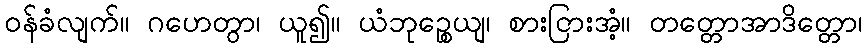
ဝန်ခံလျက်။ ဂဟေတွာ၊ ယူ၍။ ယံဘုဉ္စေယျ၊ စားငြားအံ့။ တတ္တောအာဒိတ္တော၊